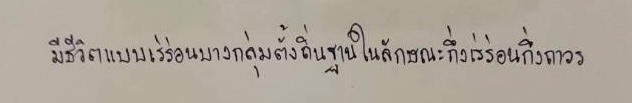
มีชีวิตแบบเร่ร่อนบางกลุ่มตั้งถิ่นฐานในลักษณะกึ่งเร่ร่อนกึ่งถาวร